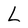
Character: L